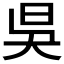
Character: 𣅳